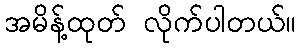
အမိန့်ထုတ် လိုက်ပါတယ်။